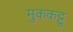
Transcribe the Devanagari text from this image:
मुककट्टू